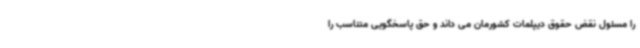
را مسئول نقض حقوق دیپلمات کشورمان می داند و حق پاسخگویی متناسب را